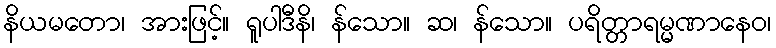
နိယမတော၊ အားဖြင့်။ ရူပါဒီနိ၊ န်သော။ ဆ၊ န်သော။ ပရိတ္တာရမ္မဏာနေဝ၊